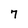
Character: 7